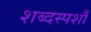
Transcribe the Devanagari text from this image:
शब्दस्पर्शौ